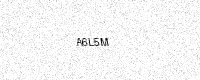
Text: A6L5M